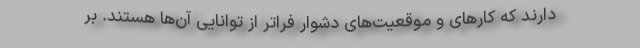
دارند که کارهای و موقعیت‌های دشوار فراتر از توانایی آن‌ها هستند. بر